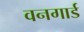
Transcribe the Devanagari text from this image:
वनगार्ड